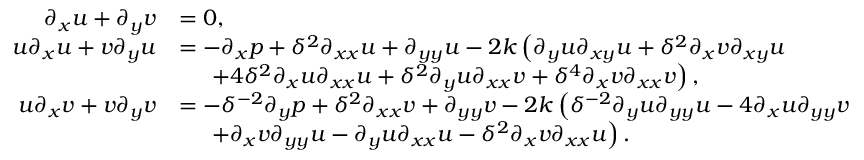
\begin{array} { r l } { \partial _ { x } u + \partial _ { y } v } & { = 0 , } \\ { u \partial _ { x } u + v \partial _ { y } u } & { = - \partial _ { x } p + \delta ^ { 2 } \partial _ { x x } u + \partial _ { y y } u - 2 k \left( \partial _ { y } u \partial _ { x y } u + \delta ^ { 2 } \partial _ { x } v \partial _ { x y } u \right. } \\ & { \quad \left. ~ + 4 \delta ^ { 2 } \partial _ { x } u \partial _ { x x } u + \delta ^ { 2 } \partial _ { y } u \partial _ { x x } v + \delta ^ { 4 } \partial _ { x } v \partial _ { x x } v \right) , } \\ { u \partial _ { x } v + v \partial _ { y } v } & { = - \delta ^ { - 2 } \partial _ { y } p + \delta ^ { 2 } \partial _ { x x } v + \partial _ { y y } v - 2 k \left( \delta ^ { - 2 } \partial _ { y } u \partial _ { y y } u - 4 \partial _ { x } u \partial _ { y y } v \right. } \\ & { \quad \left. ~ + \partial _ { x } v \partial _ { y y } u - \partial _ { y } u \partial _ { x x } u - \delta ^ { 2 } \partial _ { x } v \partial _ { x x } u \right) . } \end{array}